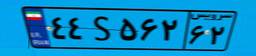
۴۴S۵۶۲۶۲